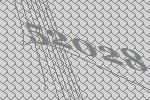
52028